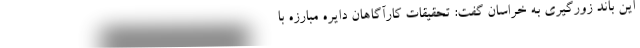
این باند زورگیری به خراسان گفت: تحقیقات کارآگاهان دایره مبارزه با